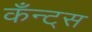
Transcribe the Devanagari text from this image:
कँन्ट्‌स